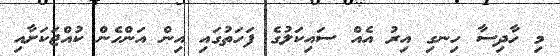
މި ހާދިސާ ހިނގި އިރު އެއް ސައިކަލުގެ ފަހަތުގައި އިން އަންހެން ކުއްޖަކަށާއި